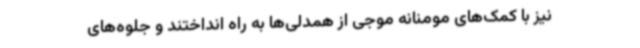
نیز با کمک‌های مومنانه موجی از همدلی‌ها به راه انداختند و جلوه‌های